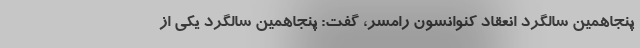
پنجاهمین سالگرد انعقاد کنوانسون رامسر، گفت: پنجاهمین سالگرد یکی از